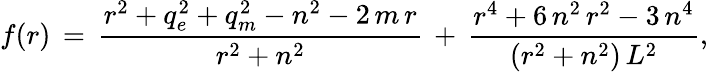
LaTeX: f(r)\, =\, \frac{r^{2}+q_{e}^{2}+q_{m}^{2}-n^{2}-2\, m\, r}{r^{2}+n^{2}}\, +\, \frac{r^{4}+6\, n^{2}\, r^{2}-3\, n^{4}}{\left(r^{2}+n^{2}\right)\, L^{2}},